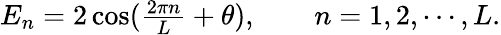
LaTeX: \begin{array}{r}{E_{n}=2\cos(\frac{2\pi n}{L}+\theta),\qquad n=1,2,\cdots,L.}\end{array}